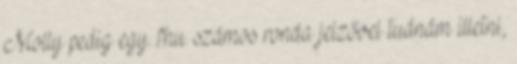
Molly pedig egy. fhu. számos ronda jelzővel tudnám illetni,